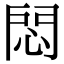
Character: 𢛀